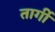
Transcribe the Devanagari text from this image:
तार्गी